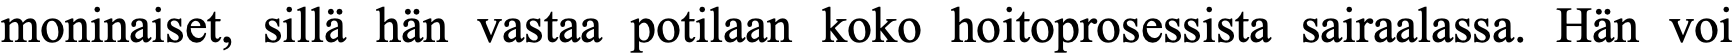
moninaiset, sillä hän vastaa potilaan koko hoitoprosessista sairaalassa. Hän voi